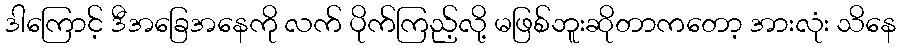
ဒါကြောင့် ဒီအခြေအနေကို လက် ပိုက်ကြည့်လို့ မဖြစ်ဘူးဆိုတာကတော့ အားလုံး သိနေ